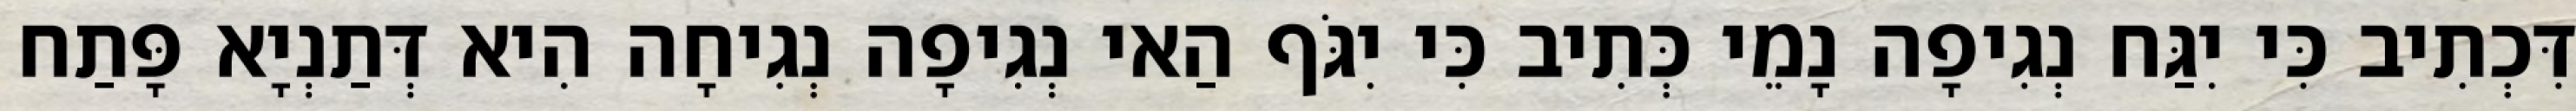
דִּכְתִיב כִּי יִגַּח נְגִיפָה נָמֵי כְּתִיב כִּי יִגֹּף הַאי נְגִיפָה נְגִיחָה הִיא דְּתַנְיָא פָּתַח